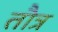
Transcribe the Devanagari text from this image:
तौत्र